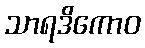
သာရဒိကောဝ